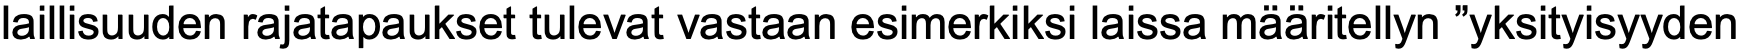
laillisuuden rajatapaukset tulevat vastaan esimerkiksi laissa määritellyn ”yksityisyyden